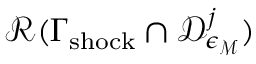
\mathcal { R } ( \Gamma _ { \mathrm { s h o c k } } \cap \mathcal { D } _ { \epsilon _ { \mathcal { M } } } ^ { j } )